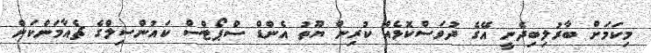
މިކަމަށް ބާރުލިބިދެނީ އޭގެ ދުވަސްކޮޅެއް ކުރިން ޔޫތު އެންޑް ސްޕޯޓްސް ކައުންސިލްގެ ޗެއާމަންކަން